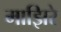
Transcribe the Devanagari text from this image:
माझिरे